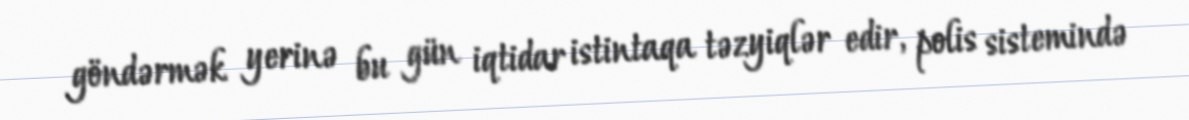
göndərmək yerinə bu gün iqtidar istintaqa təzyiqlər edir, polis sistemində